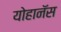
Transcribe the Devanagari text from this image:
योहानॅस